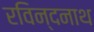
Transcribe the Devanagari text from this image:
रविन्दनाथ